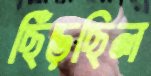
ছিঁড়ছিল